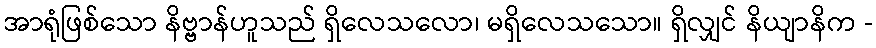
အာရုံဖြစ်သော နိဗ္ဗာန်ဟူသည် ရှိလေသလော၊ မရှိလေသသော။ ရှိလျှင် နိယျာနိက -